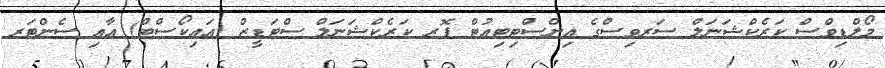
މޯލްޑިވްސް ކަރެކްޝަނަލް ސަރވިސްގެ އިންސްޓިޓިއުޓް ފޮރ ކަރެކްޝަނަލް ސްޓަޑީޒް (އައިކޯސްޓް) އާއި ސެންޓަރ